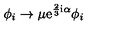
\phi _ { i } \rightarrow \mu \mathrm { e } ^ { \frac { 2 } { 3 } \mathrm { i } \alpha } \phi _ { i }